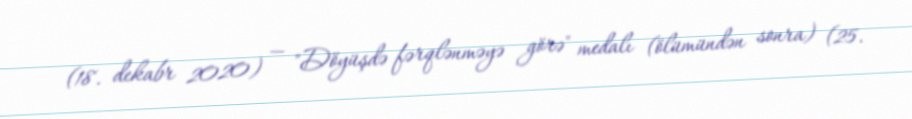
(18. dekabr 2020) — "Döyüşdə fərqlənməyə görə" medalı (ölümündən sonra) (25.